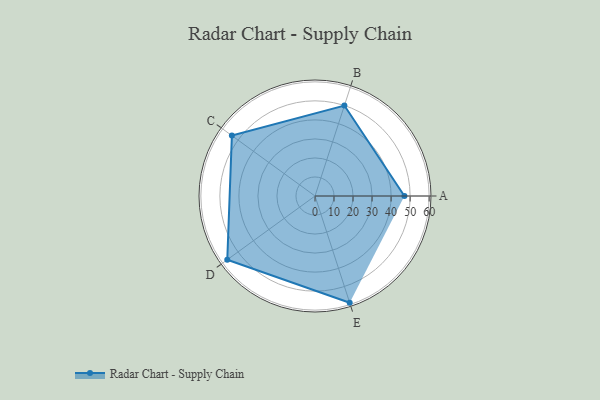
{"axis": {"x": "Skill", "y": "Score"}, "legend": ["Profile"], "data": [{"x": "A", "y": 47.0, "type": "Profile"}, {"x": "B", "y": 50.0, "type": "Profile"}, {"x": "C", "y": 54.0, "type": "Profile"}, {"x": "D", "y": 57.0, "type": "Profile"}, {"x": "E", "y": 59.0, "type": "Profile"}]}